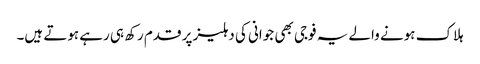
ہلاک ہونے والے یہ فوجی بھی جوانی کی دہلیز پر قدم رکھ ہی رہے ہوتے ہیں۔